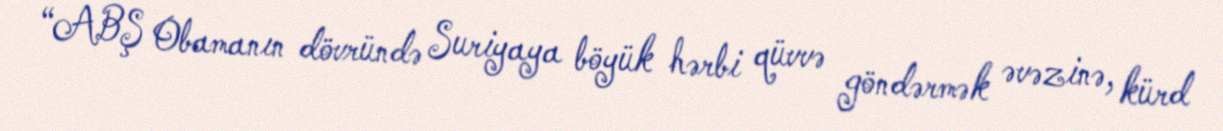
“ABŞ Obamanın dövründə Suriyaya böyük hərbi qüvvə göndərmək əvəzinə, kürd